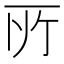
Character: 𫠦